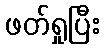
ဖတ်ရှုပြီး